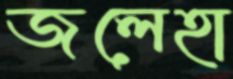
জলেহা